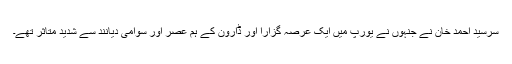
سرسید احمد خان نے جنہوں نے یورپ میں ایک عرصہ گزارا اور ڈارون کے ہم عصر اور سوامی دیانند سے شدید متاثر تھے۔